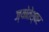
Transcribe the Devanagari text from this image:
ज्योतेश्वर